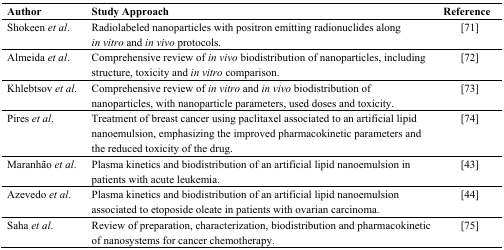
<table><thead><tr><td><b>Author</b></td><td><b>Study Approach</b></td><td><b>Reference</b></td></tr></thead><tbody><tr><td>Shokeen<i>et al</i>.</td><td>Radiolabeled nanoparticles with positron emitting radionuclides along<i>in vitro</i> and <i>in vivo</i> protocols.</td><td>[71]</td></tr><tr><td>Almeida<i>et al</i>.</td><td>Comprehensive review of<i>in vivo</i> biodistribution of nanoparticles, including structure, toxicity and <i>in vitro</i> comparison.</td><td>[72]</td></tr><tr><td>Khlebtsov<i>et al</i>.</td><td>Comprehensive review of<i>in vitro</i> and <i>in vivo</i> biodistribution of nanoparticles, with nanoparticle parameters, used doses and toxicity.</td><td>[73]</td></tr><tr><td>Pires<i>et al</i>.</td><td>Treatment of breast cancer using paclitaxel associated to an artificial lipid nanoemulsion, emphasizing the improved pharmacokinetic parameters and the reduced toxicity of the drug.</td><td>[74]</td></tr><tr><td>Maranhão<i>et al</i>.</td><td>Plasma kinetics and biodistribution of an artificial lipid nanoemulsion in patients with acute leukemia.</td><td>[43]</td></tr><tr><td>Azevedo<i>et al</i>.</td><td>Plasma kinetics and biodistribution of an artificial lipid nanoemulsion associated to etoposide oleate in patients with ovarian carcinoma. </td><td>[44]</td></tr><tr><td>Saha<i>et al</i>.</td><td>Review of preparation, characterization, biodistribution and pharmacokinetic of nanosystems for cancer chemotherapy.</td><td>[75]</td></tr></tbody></table>